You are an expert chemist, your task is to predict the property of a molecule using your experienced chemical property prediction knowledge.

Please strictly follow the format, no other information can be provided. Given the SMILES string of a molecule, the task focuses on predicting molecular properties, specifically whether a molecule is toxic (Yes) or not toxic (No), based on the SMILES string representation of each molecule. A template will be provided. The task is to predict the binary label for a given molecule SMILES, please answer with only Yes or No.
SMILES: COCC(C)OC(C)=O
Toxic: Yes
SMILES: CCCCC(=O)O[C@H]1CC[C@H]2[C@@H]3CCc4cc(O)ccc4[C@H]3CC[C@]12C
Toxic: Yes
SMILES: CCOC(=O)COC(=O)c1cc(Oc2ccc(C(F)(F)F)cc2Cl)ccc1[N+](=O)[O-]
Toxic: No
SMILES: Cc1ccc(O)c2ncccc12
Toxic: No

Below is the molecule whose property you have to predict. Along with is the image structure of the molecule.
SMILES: C=CC(=O)NC(C)(C)CS(=O)(=O)[O-]
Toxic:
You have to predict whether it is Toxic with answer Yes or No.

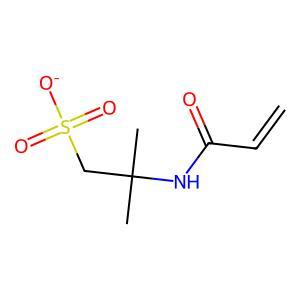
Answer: No